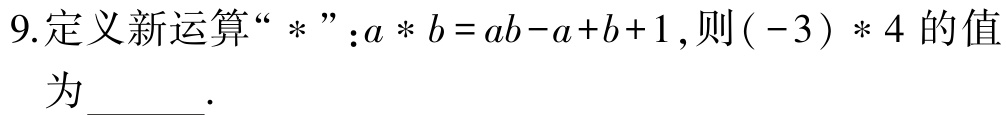
9.定义新运算“$*$”:$a * b = ab - a + b + 1$,则$(-3) * 4$的值为______.